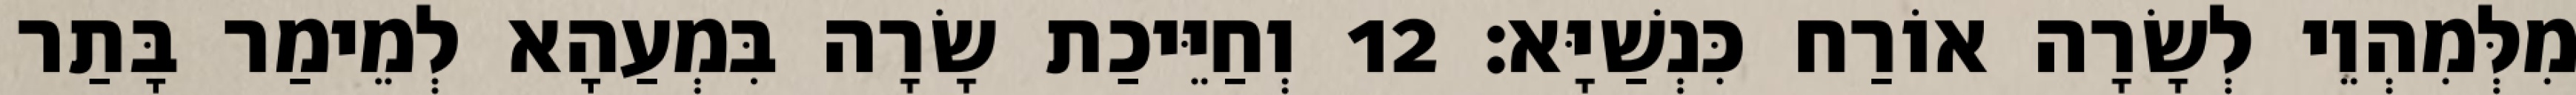
מִלְּמִהְוֵי לְשָׂרָה אוֹרַח כִּנְשַׁיָּא׃ 12 וְחַיֵּיכַת שָׂרָה בִּמְעַהָא לְמֵימַר בָּתַר